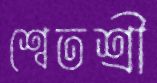
শ্বেতশ্রী